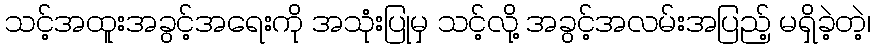
သင့်အထူးအခွင့်အရေးကို အသုံးပြုမှ သင့်လို့ အခွင့်အလမ်းအပြည့် မရှိခဲ့တဲ့၊